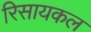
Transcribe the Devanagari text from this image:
रिसायकल